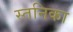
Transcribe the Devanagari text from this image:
स्तनिका